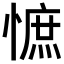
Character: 𢠫